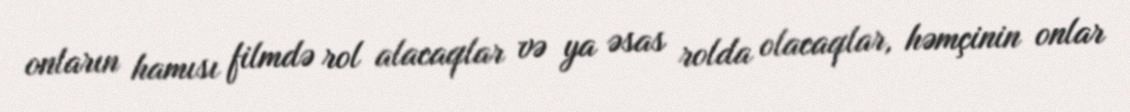
onların hamısı filmdə rol alacaqlar və ya əsas rolda olacaqlar, həmçinin onlar